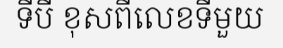
ទីបី ខុសពីលេខទីមួយ